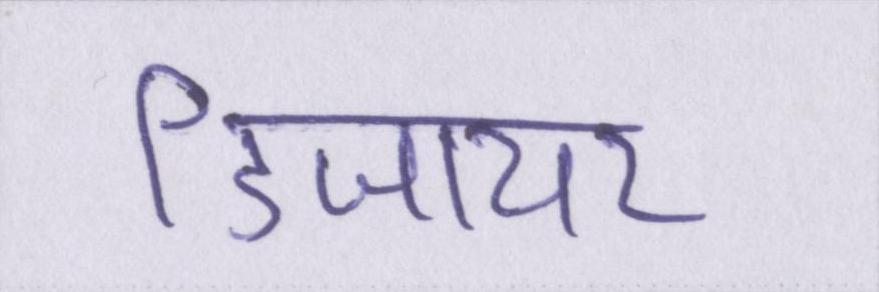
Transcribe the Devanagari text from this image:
डिजायर